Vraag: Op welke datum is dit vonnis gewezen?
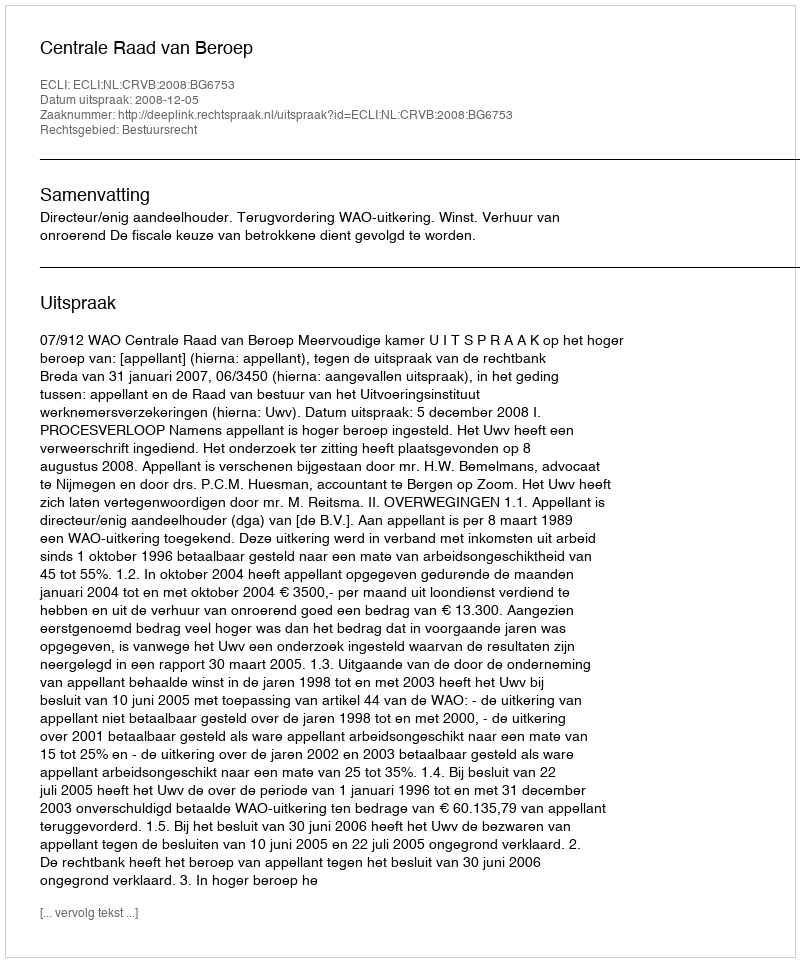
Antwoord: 2008-12-05